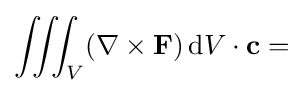
\iiint _{V}(\nabla \times \mathbf {F} )\,\mathrm {d} V\cdot \mathbf {c} =